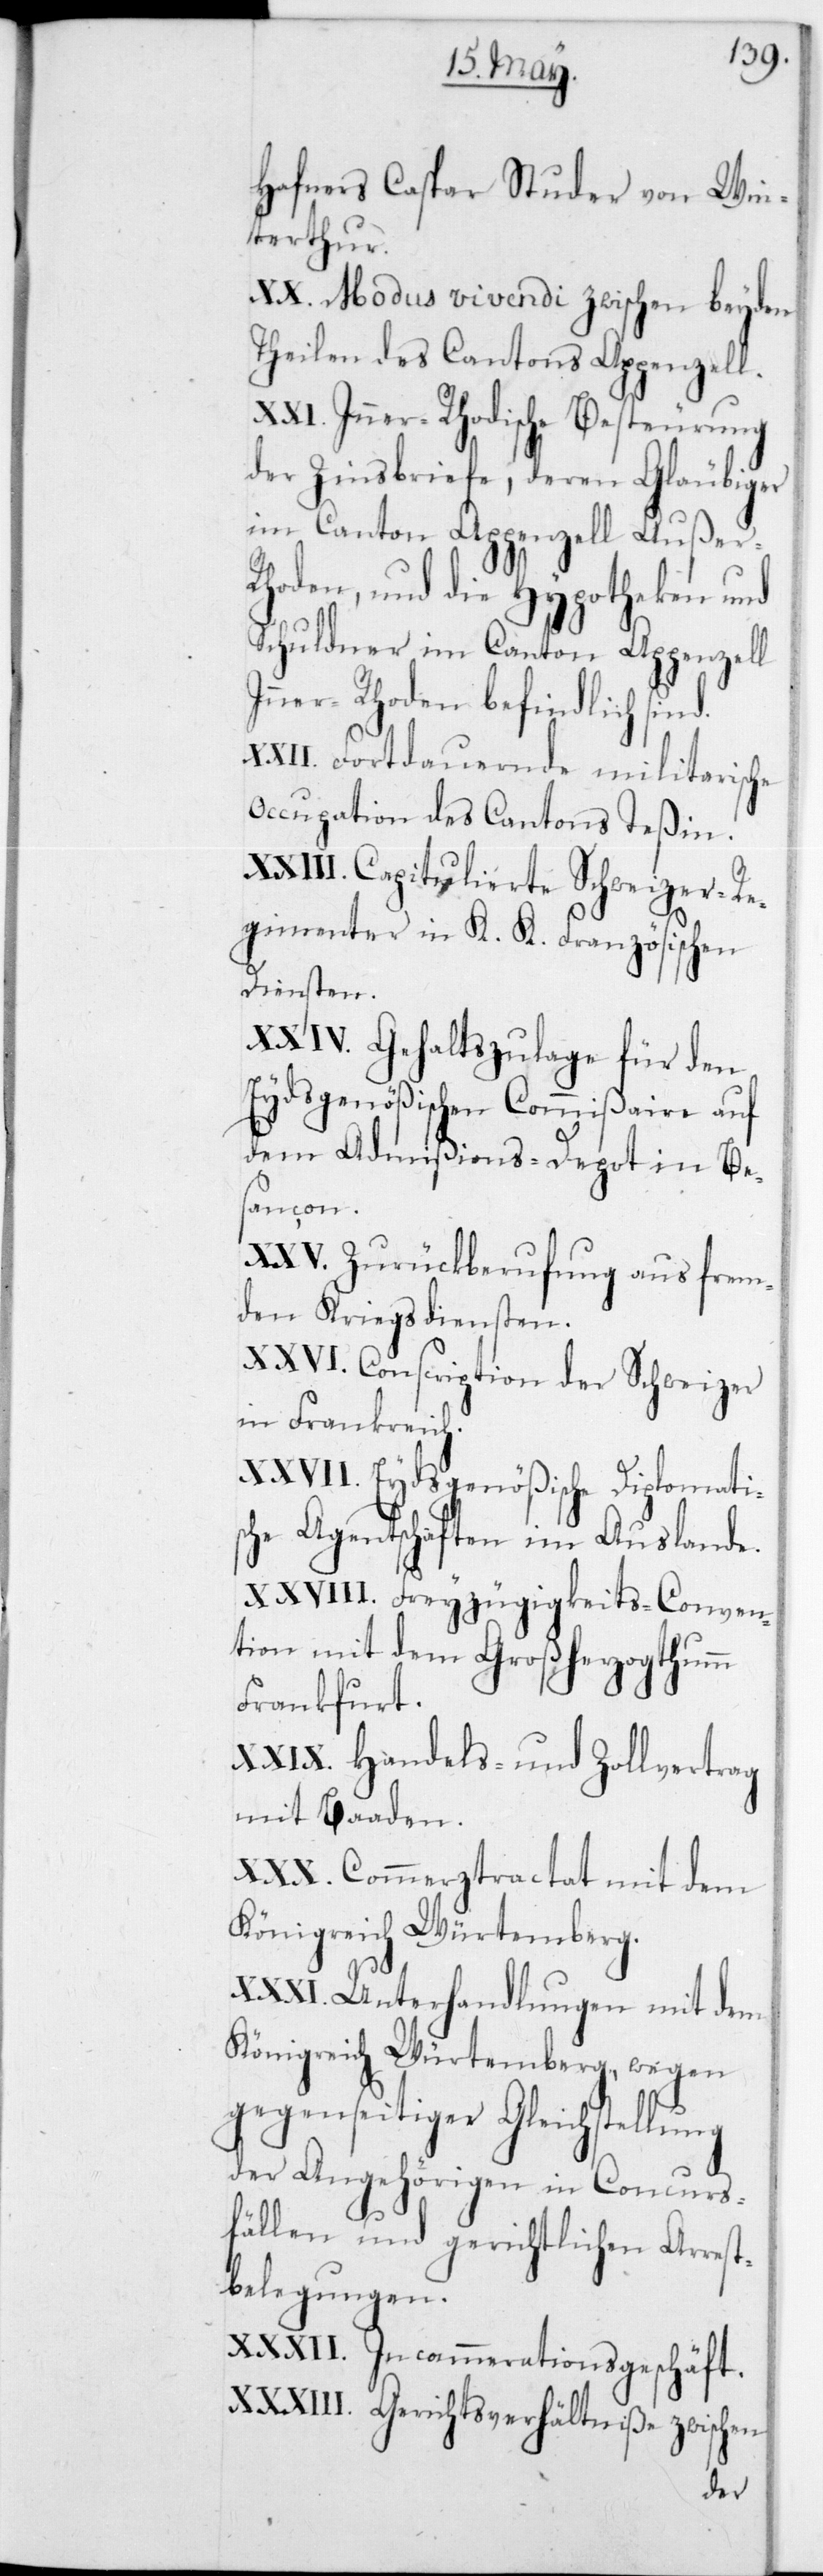
Hafners Caspar Studer von Win¬
terthur.
XX. Modus vivendi zwischen beyden
Theilen des Cantons Appenzell.
XXI. Inner-Rhodische Besteurung
der Zinsbriefe, deren Gläubiger
im Canton Appenzell Außer-R¬
hoden, und die Hypotheken und
Schuldner im Canton Appenzell
Inner-Rhoden befindlich sind.
XXII. Fortdauernde militarische
Occupation des Cantons Teßin.
XXIII. Capitulierte Schweizer Re¬
gimenter in K. K. Französischen
Diensten.
XXIV. Gehaltszulage für den
Eydsgenößischen Commißaire auf
dem Admißions-Depot in Be¬
sançon.
XXV. Zurückberufung aus frem¬
den Kriegsdiensten.
XXVI. Conscription der Schweizer
in Frankreich.
XXVII. Eydsgenößische Diplomati¬
sche Agentschaften im Auslande.
XXVIII. Freyzügigkeits-Conven¬
tion mit dem Großherzogthumm
Frankfurt.
XXIX. Handels- und Zollvertrag
mit Baaden.
XXX. Commerztractat mit dem
Königreich Würtemberg.
XXXI. Unterhandlungen mit dem
Königreich Würtemberg, wegen
gegenseitiger Gleichstellung
der Angehörigen in Concurs¬
fällen und gerichtlichen Arrest¬
belegungen.
XXXII. Incammerationsgeschäft.
XXXIII. Gerichtsverhältniße zwischen